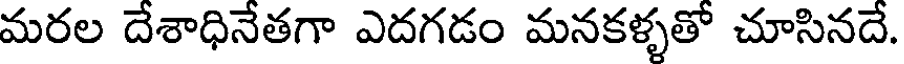
మరల దేశాధినేతగా ఎదగడం మనకళ్ళతో చూసినదే.